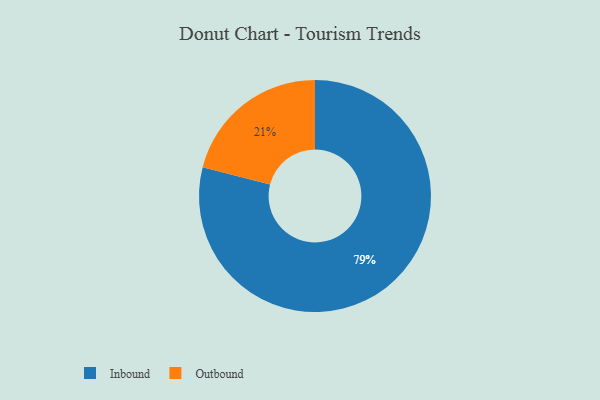
{"axis": {"x": "Category", "y": "Percentage"}, "legend": ["Inbound", "Outbound"], "data": [{"x": "Outbound", "y": 21, "type": "Outbound"}, {"x": "Inbound", "y": 79, "type": "Inbound"}]}